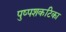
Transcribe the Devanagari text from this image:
पुष्पशकटिका